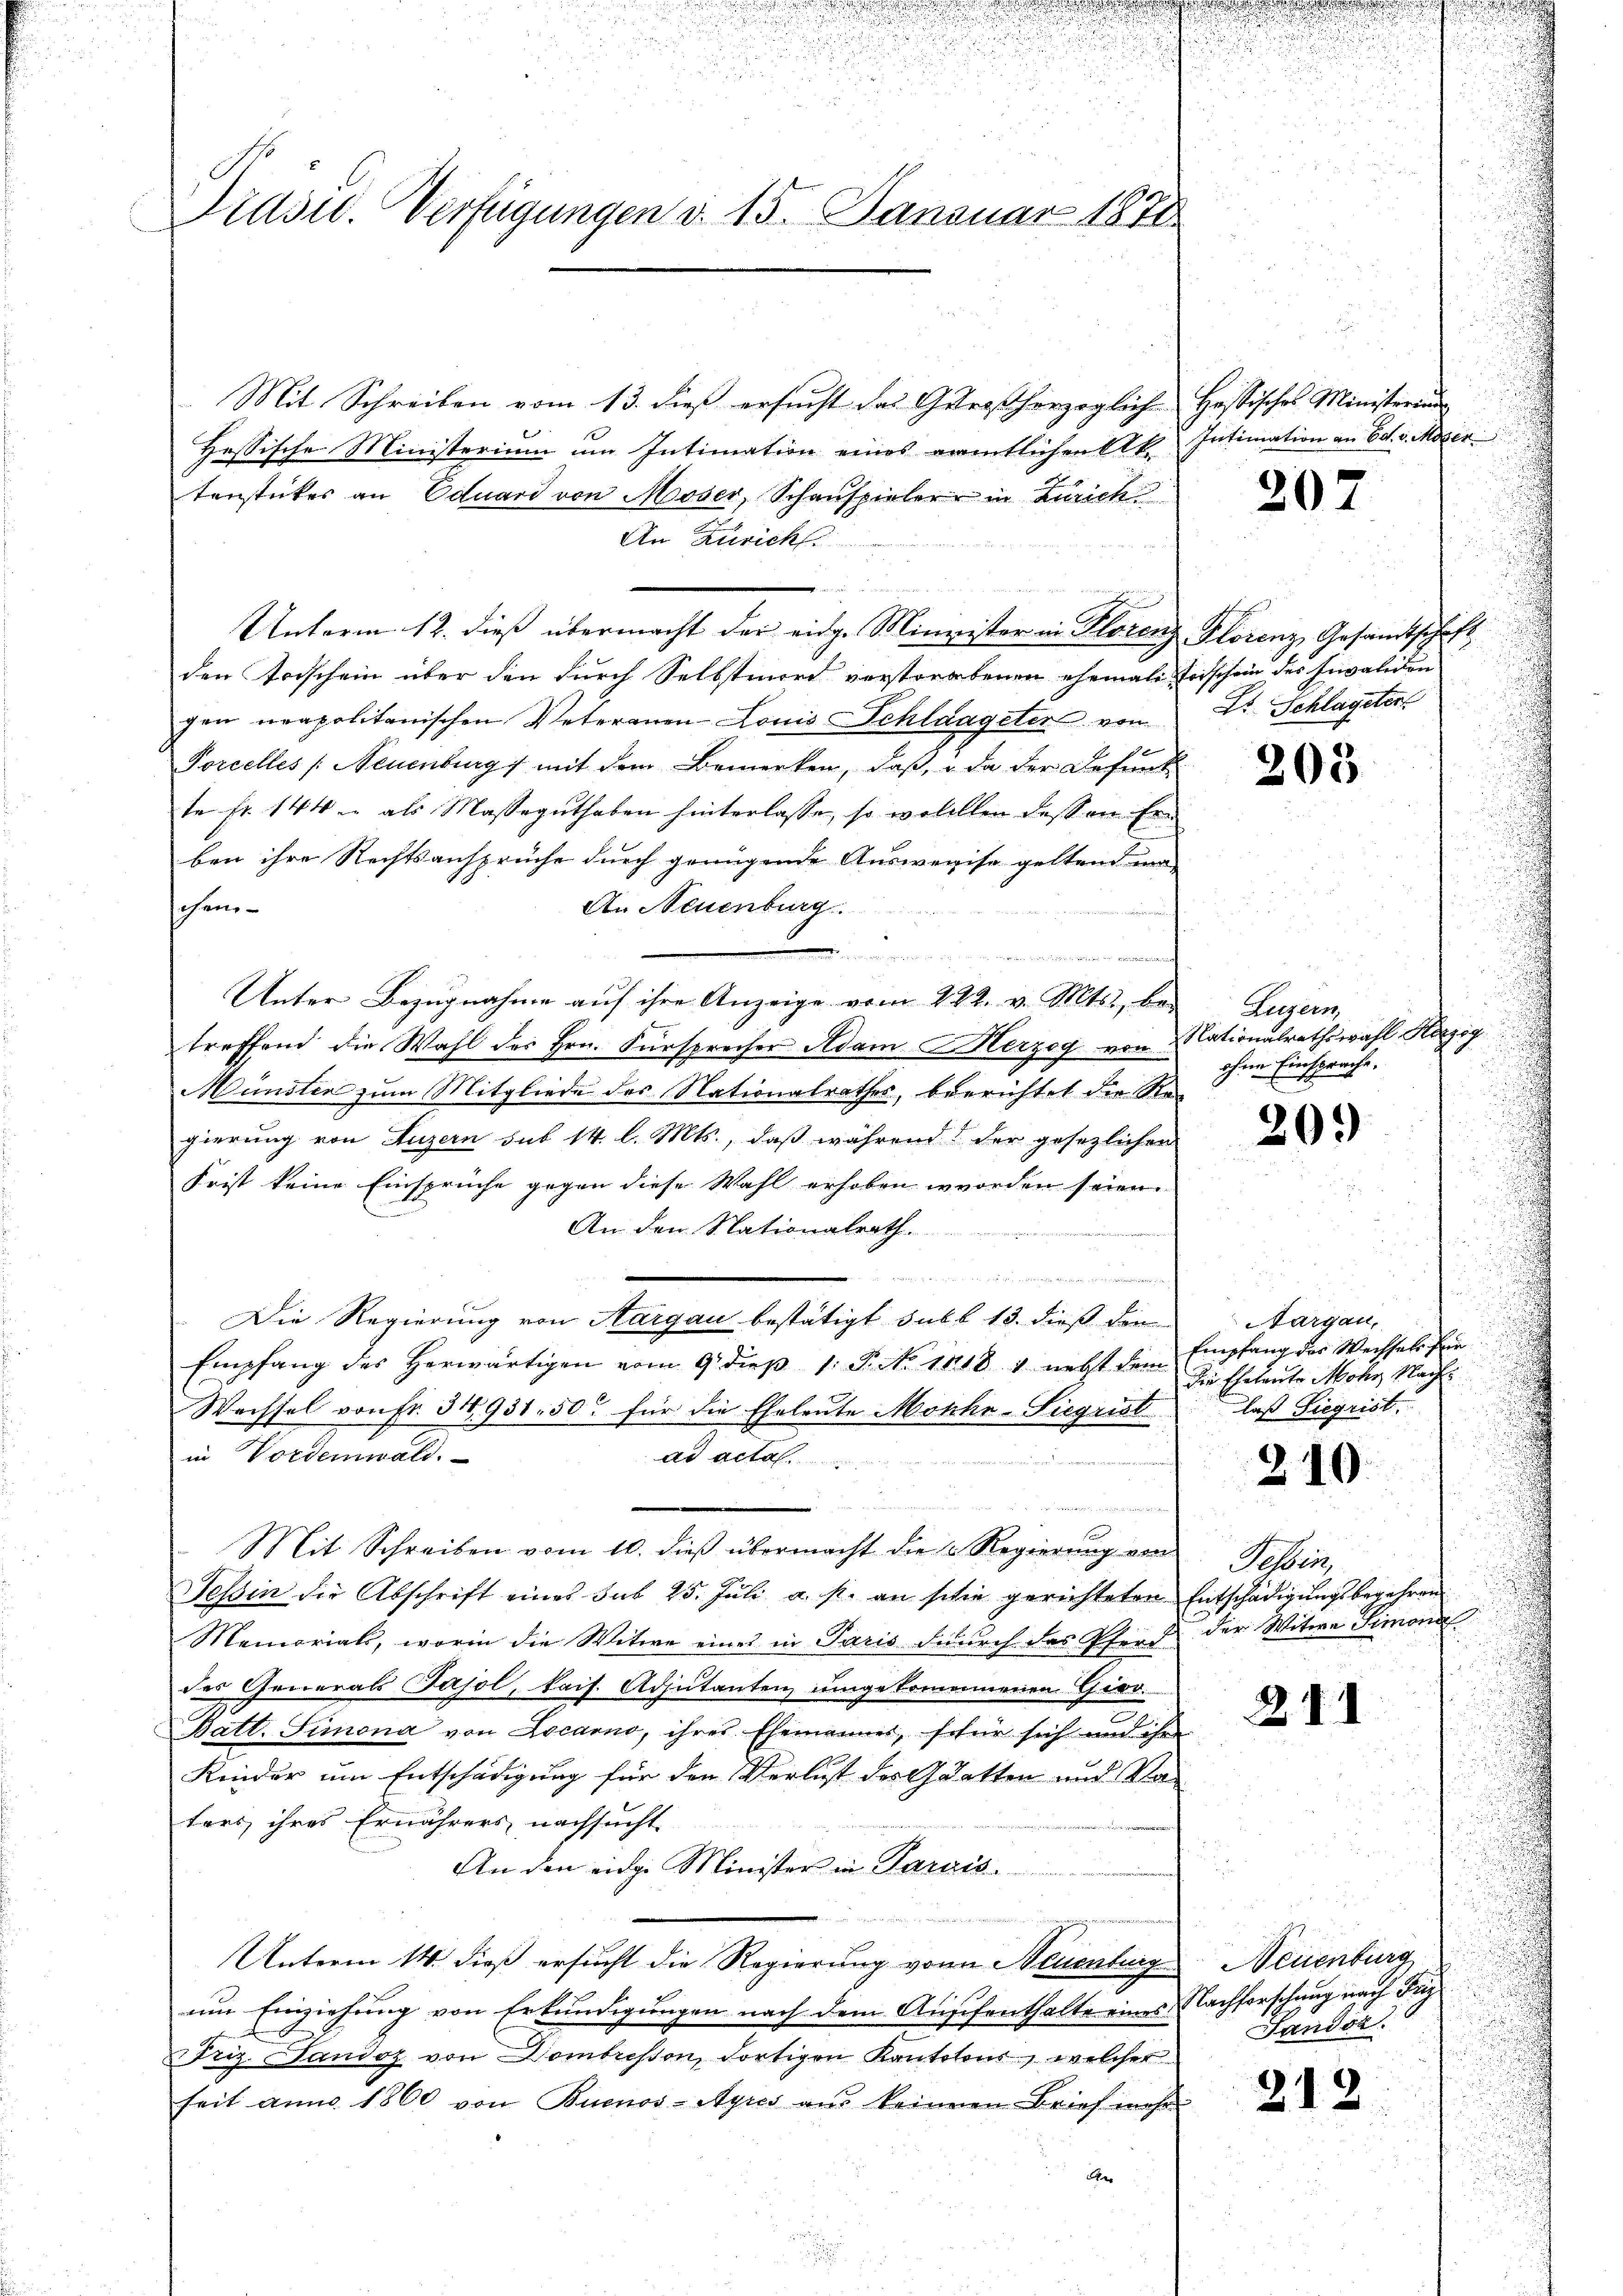
u

2
d
Präsid. Verfügungen d. 15. Januar 1878

Mit Schreiben vom 13. dieß ersucht das Getroßherzoglich Hessisches Ministerein
Hessische Ministerium um Intimation eines amtlichen Ak. Intimation an Ed. v. Moser
tenstückes an Eduard von Moser, Schauspieler in Zürich
An Züricht
 wenn einer den er
Unterm 12. dieß übermacht der eidge Minister in Florenz Plorenz Gesandtschaft
den Frischein über den durch Selbstmord verstorbenen ehemals Todschein des Invaliden
gen neapolitanischen Veterauen Louis Schlaageter von
 f 0
Porcelles (Neuenburg mit dem Bemerken, daß, u da der Befunk
te fr. 144 u. als Masseguthaben hinterlasse, so welchen dass an Erben ihre Rechtsansprüche durch genügende Ausweise geltend wa
An Neuenburg
ch ein- |
 e, wie den wir zu sich um mich er halten die sich in der
Unter Bezugnahme auf ihre Anzeige vom 222. v. Mts., be-
treffend die Wahl des Hrn. Fürsprecher Adam erzog von Mationalrathswahl Herzog
Münster zum Mitgliede des Nationalrathes, beerichtet die Regierung von Luzern sub 14. l. Mts., daß während der gesezlichen
Frist keine Einsprüche gegen diese Wahl erhoben worden seien.
An den Nationalrath.

Die Regierung von Aargau bestätigt subb 13. dieß die
Empfang des herwärtigen vom 9. dieβ 1. P. No. 1848 v nebst den Empfang der Wechsels für
Wechsel von Fr. 34,931. 50 für die Eheleute Monke-Siegrist
in Vordemwald.
ad acta.
t
Mit Schreiben vom 10. dieß übermacht die Regierung ein
Tessin die Abschrift eines sub 25. Juli a. s. an schie gerichteten Entschädigungsbegehren
Memorials, worin die Witwe eines in Paris durch das Pfers der Witwe Simona
des Generals Tasol, kais. Adjutanten umgekommenen Giov
e
Batt. Simona von Locarno, ihres Ehemannes, schür sich und ihr
Kinder um Entschädigung für den Verlust der Glatten und Vaters ihres Ernährers nachsucht
An den eidge Minister in Parais

Unterm 14. dieß ersucht die Regierung von Neuenburg
um Einziehung von Erkundigungen nach dem Auschenthalte eines Nachforschung nach Friz
Friz. Landoz von Dombreston, dortigen Kantotons, welcher
seit anno 1860 von Buenos-Ayres aus keineren Brief mehr
de

207

Dr. Schlageter

203

Zugern,
.
ohne Einsprache.

209

i

u

Aargau,
die Ehetente Mohr Nach
laß Siegrist
u

240.

Tessin,

211

Neuenburg
Landsa

212